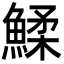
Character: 鰇